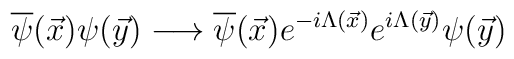
\overline{\psi}(\vec{x})\psi(\vec{y}) \longrightarrow \overline{\psi}(\vec{x})  e^{-i\Lambda(\vec{x})} e^{i\Lambda(\vec{y})}\psi(\vec{y})